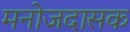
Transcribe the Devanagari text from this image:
मनोजदासक